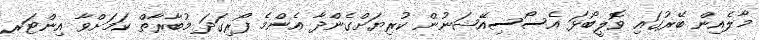
މާލެއިން ބޭރުގައި ވޮލީބޯޅަ އެސޯސިއޭޝަނުން ކުރިޔަށްގެންދާ އެންމެ ފޯރިގަދަ މުބާރާތް ކަމަށްވާ އިންޓަރ